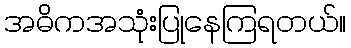
အဓိကအသုံးပြုနေကြရတယ်။